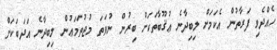
ހެއްދެވި ފަރާތުން އެކަމަށް ލިބިދާނެ ޢުޤޫބާތަކަށް ބިރުން ނުވަތަ މުޖުތަމަޢުން ލިބިދާނެ އަދަބަކަށް